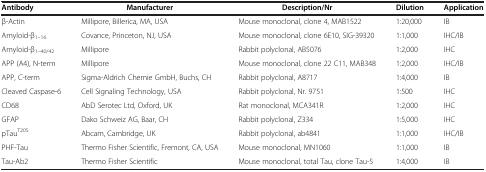
<table><thead><tr><td><b>Antibody</b></td><td><b>Manufacturer</b></td><td><b>Description/Nr</b></td><td><b>Dilution</b></td><td><b>Application</b></td></tr></thead><tbody><tr><td>β-Actin</td><td>Millipore, Billerica, MA, USA</td><td>Mouse monoclonal, clone 4, MAB1522</td><td>1:20,000</td><td>IB</td></tr><tr><td>Amyloid-β<sub>1–16</sub></td><td>Covance, Princeton, NJ, USA</td><td>Mouse monoclonal, clone 6E10, SIG-39320</td><td>1:1,000</td><td>IHC/IB</td></tr><tr><td>Amyloid-β<sub>1–40/42</sub></td><td>Millipore</td><td>Rabbit polyclonal, AB5076</td><td>1:2,000</td><td>IHC</td></tr><tr><td>APP (A4), N-term</td><td>Millipore</td><td>Mouse monoclonal, clone 22 C11, MAB348</td><td>1:2,000</td><td>IHC/IB</td></tr><tr><td>APP, C-term</td><td>Sigma-Aldrich Chemie GmbH, Buchs, CH</td><td>Rabbit polyclonal, A8717</td><td>1:4,000</td><td>IB</td></tr><tr><td>Cleaved Caspase-6</td><td>Cell Signaling Technology, USA</td><td>Rabbit polyclonal, Nr. 9751</td><td>1:500</td><td>IHC</td></tr><tr><td>CD68</td><td>AbD Serotec Ltd, Oxford, UK</td><td>Rat monoclonal, MCA341R</td><td>1:2,000</td><td>IHC</td></tr><tr><td>GFAP</td><td>Dako Schweiz AG, Baar, CH</td><td>Rabbit polyclonal, Z334</td><td>1:5,000</td><td>IHC</td></tr><tr><td>pTau<sup>T205</sup></td><td>Abcam, Cambridge, UK</td><td>Rabbit polyclonal, ab4841</td><td>1:1,000</td><td>IHC/IB</td></tr><tr><td>PHF-Tau</td><td>Thermo Fisher Scientific, Fremont, CA, USA</td><td>Mouse monoclonal, MN1060</td><td>1:1,000</td><td>IB</td></tr><tr><td>Tau-Ab2</td><td>Thermo Fisher Scientific</td><td>Mouse monoclonal, total Tau, clone Tau-5</td><td>1:4,000</td><td>IB</td></tr></tbody></table>